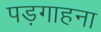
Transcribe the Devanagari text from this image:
पड़गाहना